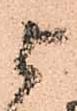
与